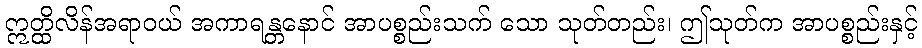
ဣတ္ထိလိန်အရာဝယ် အကာရန္တနောင် အာပစ္စည်းသက် သော သုတ်တည်း၊ ဤသုတ်က အာပစ္စည်းနှင့်